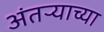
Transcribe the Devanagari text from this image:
अंतऱ्याच्या